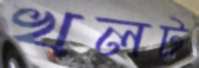
খলট